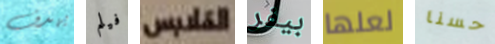
يهدف فيلم الملابس بيفر لعلها حسنا